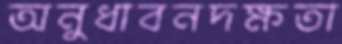
অনুধাবনদক্ষতা